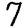
Digit: 7